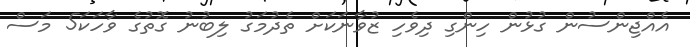
އެއްޖިންސުން ގުޅުން ހިންގި ދިވެހި ޒުވާނަކަށް ތެދުމަގު ލިބުނު ގޮތުގެ ވާހަކަ5 މަސް